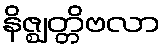
နိဇ္ဈတ္တိဗလာ